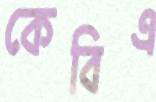
কেবিএ